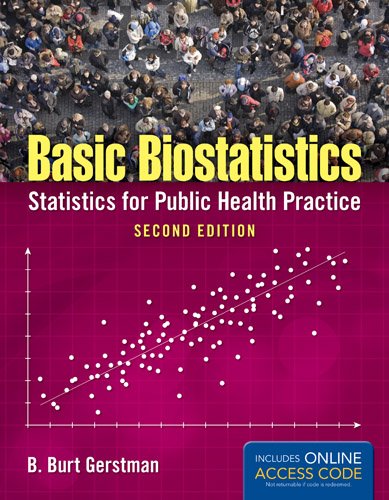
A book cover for Basic Biostatistics: Statistics for Public Health Practice; B. Burt Gerstman; Medical Books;